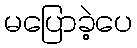
မပြောခဲ့ပေ